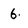
Character: 6